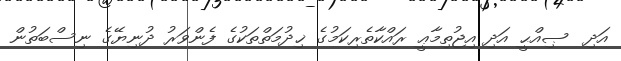
އަދި  ޞިއްޙީ އަދި އިޖުތިމާޢީ ރައްކާތެރިކަމުގެ ޚިދުމަތްތަކުގެ ފެންވަރު ދުނިޔޭގެ ނިސްބަތުން